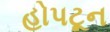
હોપટૂન